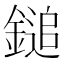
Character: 鎚